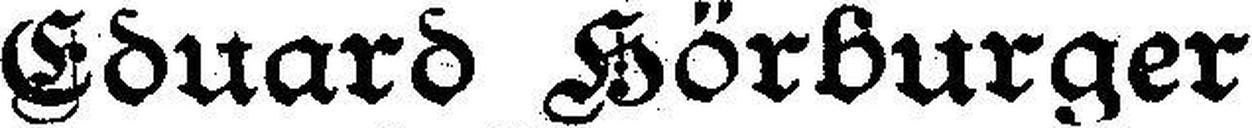
Eduard Hörburger